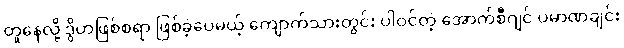
တူနေလို့ ဒွိဟဖြစ်စရာ ဖြစ်ခဲ့ပေမယ့် ကျောက်သားတွင်း ပါဝင်တဲ့ အောက်စီဂျင် ပမာဏချင်း